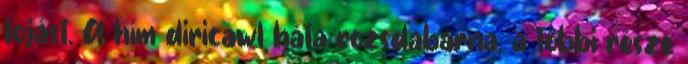
tojást. A hím diricawl háta rozsdabarna, a többi része